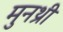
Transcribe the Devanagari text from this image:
मुनथ्री